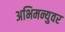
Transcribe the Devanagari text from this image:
अभिमन्युवर